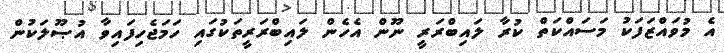
އެ މުވައްޒަފަކު މަސައްކަތް ކުރާ ލައިބްރަރީ ނޫން އެހެން ލައިބްރަރީތަކުގައި ހަމަޖެހިފައިވާ އުޞޫލަކުން